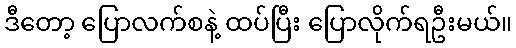
ဒီတော့ ပြောလက်စနဲ့ ထပ်ပြီး ပြောလိုက်ရဦးမယ်။